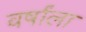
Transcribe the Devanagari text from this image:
वर्षांला